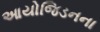
આયોજિડનના